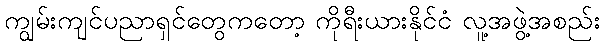
ကျွမ်းကျင်ပညာရှင်တွေကတော့ ကိုရီးယားနိုင်ငံ လူ့အဖွဲ့အစည်း